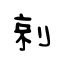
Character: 剠